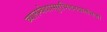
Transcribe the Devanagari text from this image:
व्यालम्बेथास्सुरभितनयालंभजां